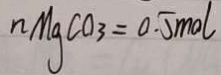
n M g C O _ { 3 } = 0 . 5 m o l